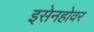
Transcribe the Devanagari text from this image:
इसेनहोवर